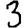
Digit: 3